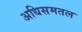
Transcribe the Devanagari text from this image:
अधिसमतल